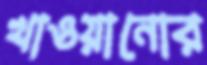
খাওয়ানোর